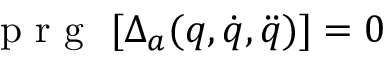
\mathrm { ~ \textbf ~ { ~ p ~ r ~ g ~ } ~ } [ \Delta _ { a } ( q , \dot { q } , \ddot { q } ) ] = 0